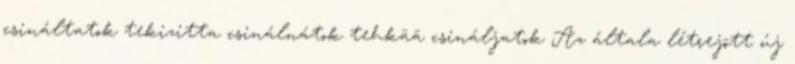
csináltatok tekizitta csinálnátok tehkää csináljatok Az általa létrejött új